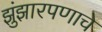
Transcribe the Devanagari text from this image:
झुंझारपणाचे